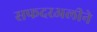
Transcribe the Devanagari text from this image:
सफदरअलीने